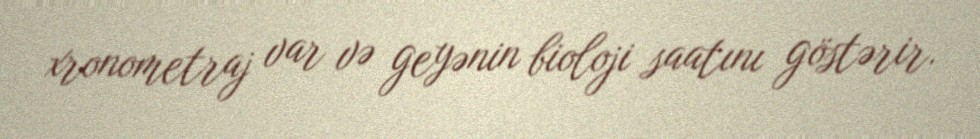
xronometraj var və geyənin bioloji saatını göstərir.